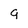
Character: 9